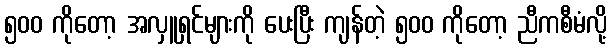
၅၀၀ ကိုတော့ အလှူရှင်များကို ပေးပြီး ကျန်တဲ့ ၅၀၀ ကိုတော့ ညီကစီမံလို့